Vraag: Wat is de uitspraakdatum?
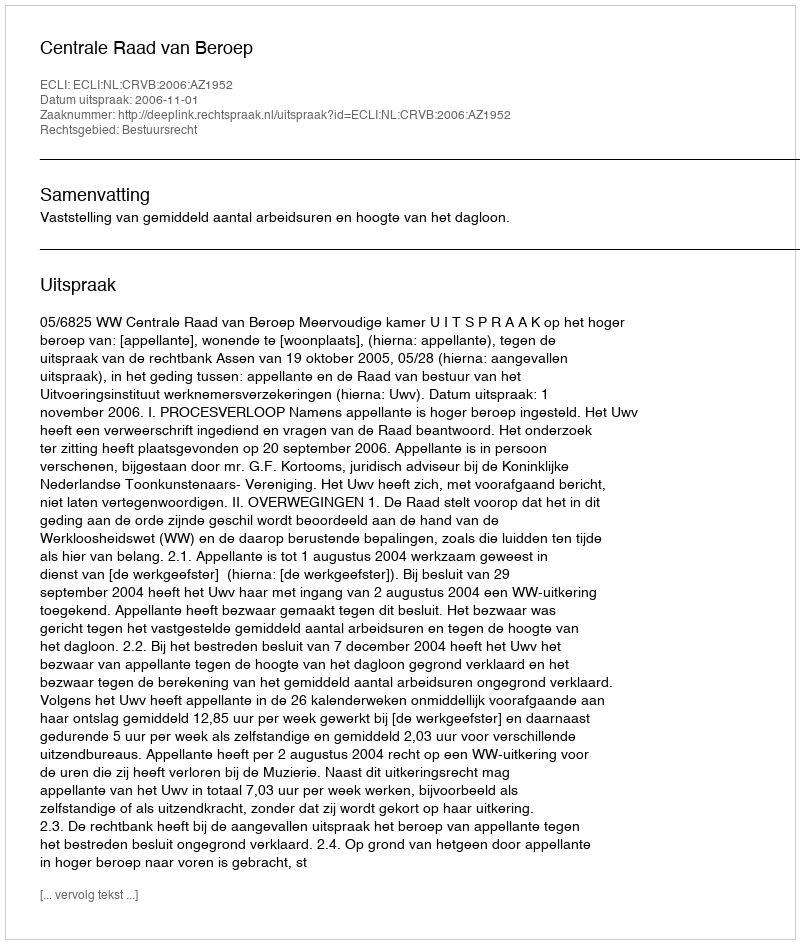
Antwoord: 2006-11-01